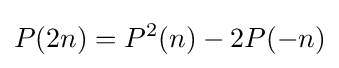
P(2n)=P^{2}(n)-2P(-n)